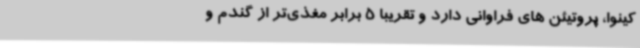
کینوا، پروتیئن های فراوانی دارد و تقریبا 5 برابر مغذی‌تر از گندم و